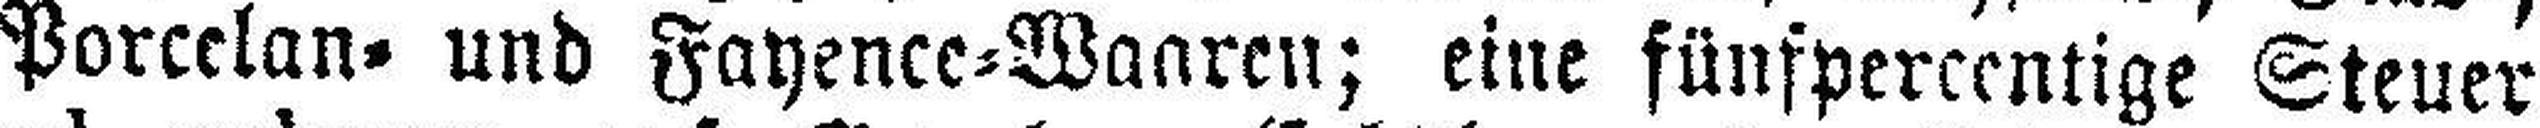
Porcelan= und Fayence=Waaren; eine fünfpercentige Steuer